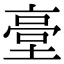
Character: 𡎲